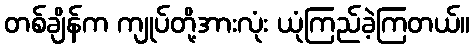
တစ်ချိန်က ကျုပ်တို့အားလုံး ယုံကြည်ခဲ့ကြတယ်။